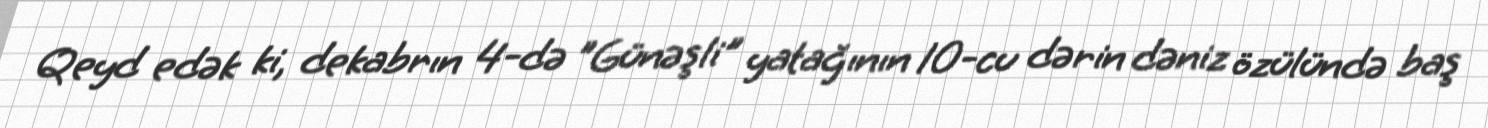
Qeyd edək ki, dekabrın 4-də "Günəşli" yatağının 10-cu dərin dəniz özülündə baş